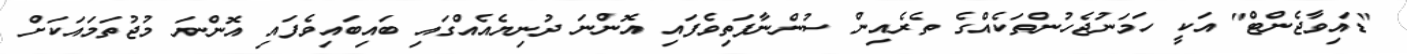
"ޑައިވާޖެންޓް" އަކީ ހަމަނުޖެހުންތަކެއްގެ ތެރެއިން ސުންނާފަތިވެފައި އޮންނަ ދުނިޔެއެއްގައި ބައިބައިވެފައި އޮންނަ މުޖުތަމައަކަށް